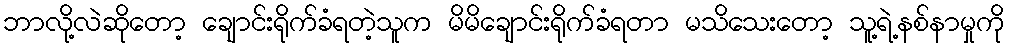
ဘာလို့လဲဆိုတော့ ချောင်းရိုက်ခံရတဲ့သူက မိမိချောင်းရိုက်ခံရတာ မသိသေးတော့ သူ့ရဲ့နစ်နာမှုကို